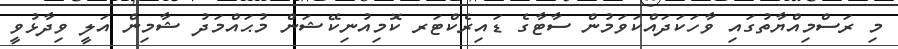
މި ރަސްމިއްޔާތުގައި ވާހަކަދައްކަވަމުން ސާޓާގެ ޑައިރެކްޓަރ ކޮމިއުނިކޭޝަން މުޙައްމަދު ޝާމިން އަލީ ވިދާޅުވީ